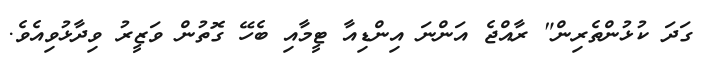
ގަދަ ކުޅުންތެރިން" ރާއްޖެ އަންނަ އިންޑިއާ ޓީމާއި ބެހޭ ގޮތުން ވަޒީރު ވިދާޅުވިއެވެ.